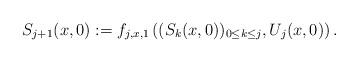
LaTeX: \begin{align*}S_{j+1}(x,0):=f_{j,x,1}\left((S_k(x,0))_{0\le k\le j},U_j(x,0)\right).\end{align*}